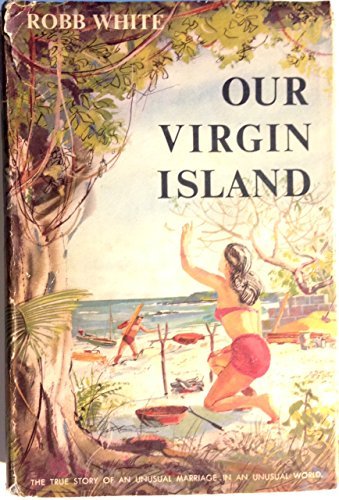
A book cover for Our Virgin Island; Robb White; Travel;